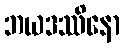
ဘယဒဿိနော